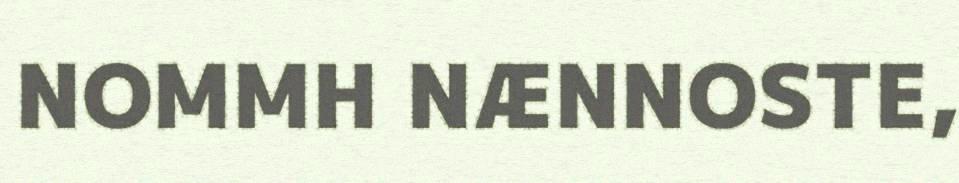
NOMMH NÆNNOSTE,